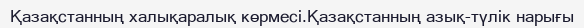
Қазақстанның халықаралық көрмесі.Қазақстанның азық-түлік нарығы